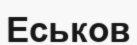
Еськов